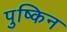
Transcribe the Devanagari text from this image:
पुष्किन